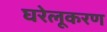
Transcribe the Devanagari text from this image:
घरेलूकरण